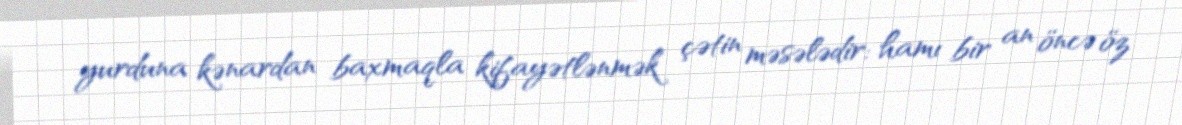
yurduna kənardan baxmaqla kifayətlənmək çətin məsələdir: hamı bir an öncə öz